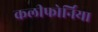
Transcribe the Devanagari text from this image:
कलीफोर्निया